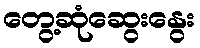
တွေ့ဆုံဆွေးနွေး